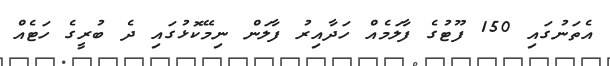
އެތަނުގައި 150 ފޫޓުގެ ފާލަމެއް ހަދާއިރު ފާލަން ނިމޭކޮޅުގައި ދެ ބުރީގެ ހަޓެއް